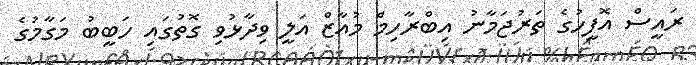
ރައީސް އޮފީހުގެ ތަރުޖަމާނު އިބްރާހިމް މުއާޒް އަލީ ވިދާޅުވި ގޮތުގައި ހަބީބު މަގާމުގެ